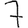
Digit: 7